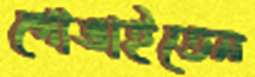
গোঙাইতেন